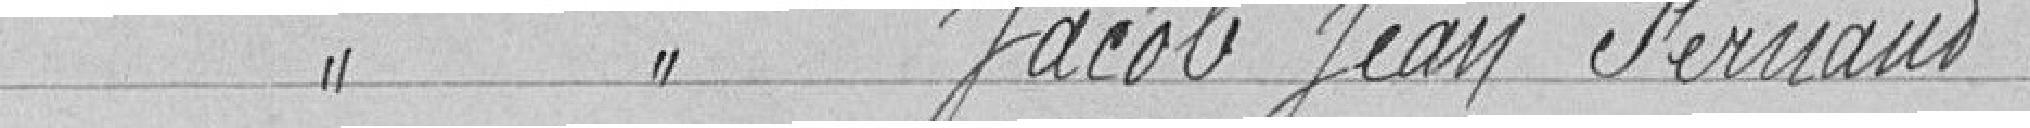
Classe 1926 JACOB Jean Fernand